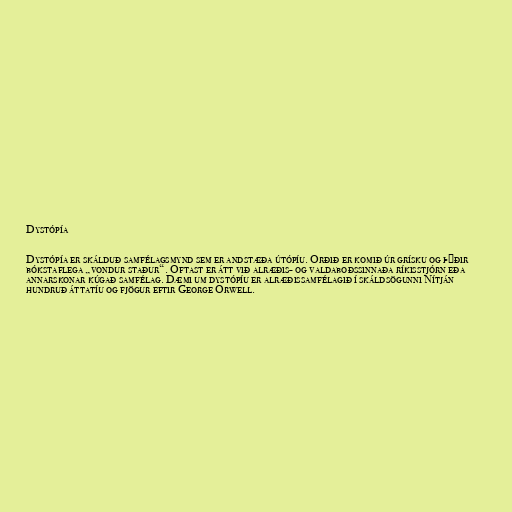
Dystópía

Dystópía er skálduð samfélagsmynd sem er andstæða útópíu. Orðið er komið úr grísku og þýðir
bókstaflega „vondur staður“. Oftast er átt við alræðis- og valdaboðssinnaða ríkisstjórn eða
annarskonar kúgað samfélag. Dæmi um dystópíu er alræðissamfélagið í skáldsögunni Nítján
hundruð áttatíu og fjögur eftir George Orwell.